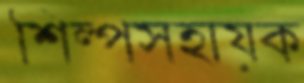
শিল্পসহায়ক